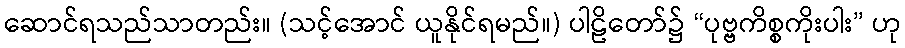
ဆောင်ရသည်သာတည်း။ (သင့်အောင် ယူနိုင်ရမည်။) ပါဠိတော်၌ “ပုဗ္ဗကိစ္စကိုးပါး” ဟု